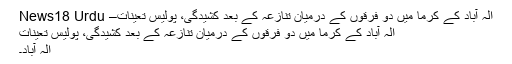
الہ آباد کے كرما میں دو فرقوں کے درمیان تنازعہ کے بعد کشیدگی، پولیس تعینات– News18 Urdu
الہ آباد کے كرما میں دو فرقوں کے درمیان تنازعہ کے بعد کشیدگی، پولیس تعینات
الہ آباد۔